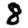
Digit: 8